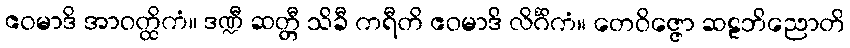
ဧဝမာဒိ အာဝတ္ထိကံ။ ဒဏ္ဍီ ဆတ္တီ သိခီ ကရီတိ ဧဝမာဒိ လိင်္ဂိကံ။ တေဝိဇ္ဇော ဆဠဘိညောတိ